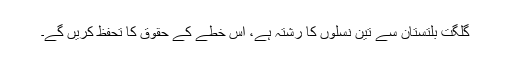
گلگت بلتستان سے تین نسلوں کا رشتہ ہے، اس خطے کے حقوق کا تحفظ کریں گے۔